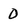
Character: 0